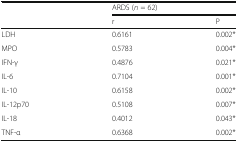
|  | <COLSPAN=2> ARDS (n = 62) |
 |  | r | P |
 | --- | --- | --- |
 | LDH | 0.6161 | 0.002* |
 | MPO | 0.5783 | 0.004* |
 | IFN-γ | 0.4876 | 0.021* |
 | IL-6 | 0.7104 | 0.001* |
 | IL-10 | 0.6158 | 0.002* |
 | IL-12p70 | 0.5108 | 0.007* |
 | IL-18 | 0.4012 | 0.043* |
 | TNF-α | 0.6368 | 0.002* |